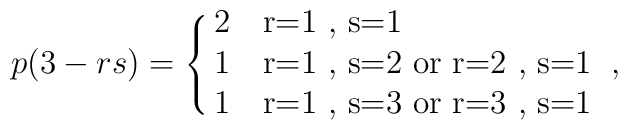
p(3-rs)=\cases{2&\mbox r=1 , s=1 \cr               1&\mbox r=1 , s=2 or r=2 , s=1 \cr               1&\mbox r=1 , s=3 or r=3 , s=1 } ,